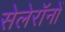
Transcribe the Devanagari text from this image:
सेलेरॉनों